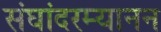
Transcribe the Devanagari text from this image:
संघांदरम्यानन